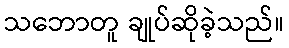
သဘောတူ ချုပ်ဆိုခဲ့သည်။